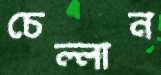
চেল্লান